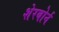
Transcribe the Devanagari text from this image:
शेरबोर्न